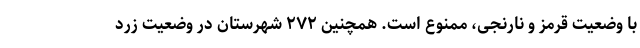
با وضعیت قرمز و نارنجی، ممنوع است. همچنین ۲۷۲ شهرستان در وضعیت زرد